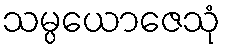
သမ္ပယောဇေသုံ